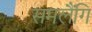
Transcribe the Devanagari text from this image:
समलैंगि